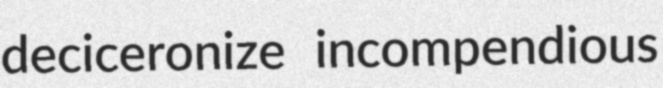
deciceronize incompendious